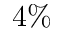
4 \%